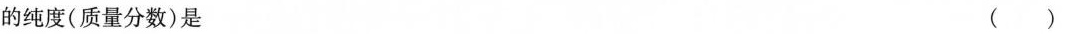
的纯度(质量分数)是 ()